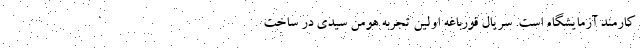
کارمند آزمایشگاه است. سریال قورباغه اولین تجربه هومن سیدی در ساخت